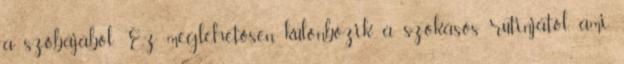
a szobájából. Ez meglehetősen különbözik a szokásos rutinjától, ami